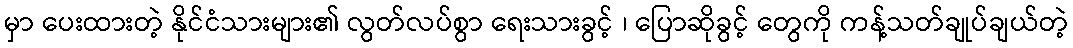
မှာ ပေးထားတဲ့ နိုင်ငံသားများ၏ လွတ်လပ်စွာ ရေးသားခွင့် ၊ ပြောဆိုခွင့် တွေကို ကန့်သတ်ချုပ်ချယ်တဲ့